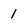
Character: 1